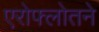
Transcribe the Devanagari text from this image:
एरोफ्लोतने